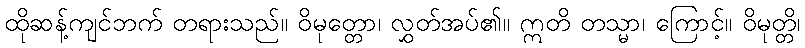
ထိုဆန့်ကျင်ဘက် တရားသည်။ ဝိမုတ္တော၊ လွှတ်အပ်၏။ ဣတိ တသ္မာ၊ ကြောင့်။ ဝိမုတ္တိ၊